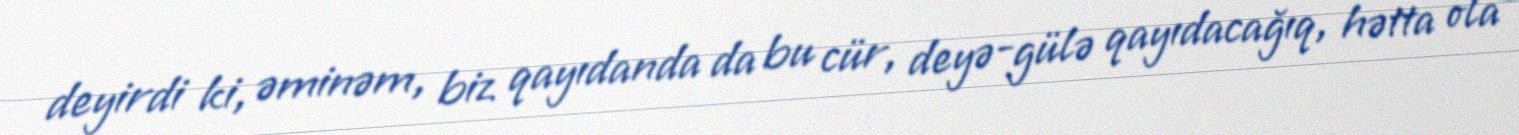
deyirdi ki, əminəm, biz qayıdanda da bu cür, deyə-gülə qayıdacağıq, hətta ola